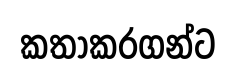
කතාකරගන්ට